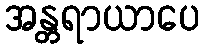
အန္တရာယာပေ